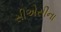
સીએસીના